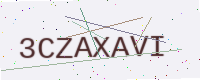
Text: 3CZAXAVI